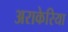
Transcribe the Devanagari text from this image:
अराकेरिया